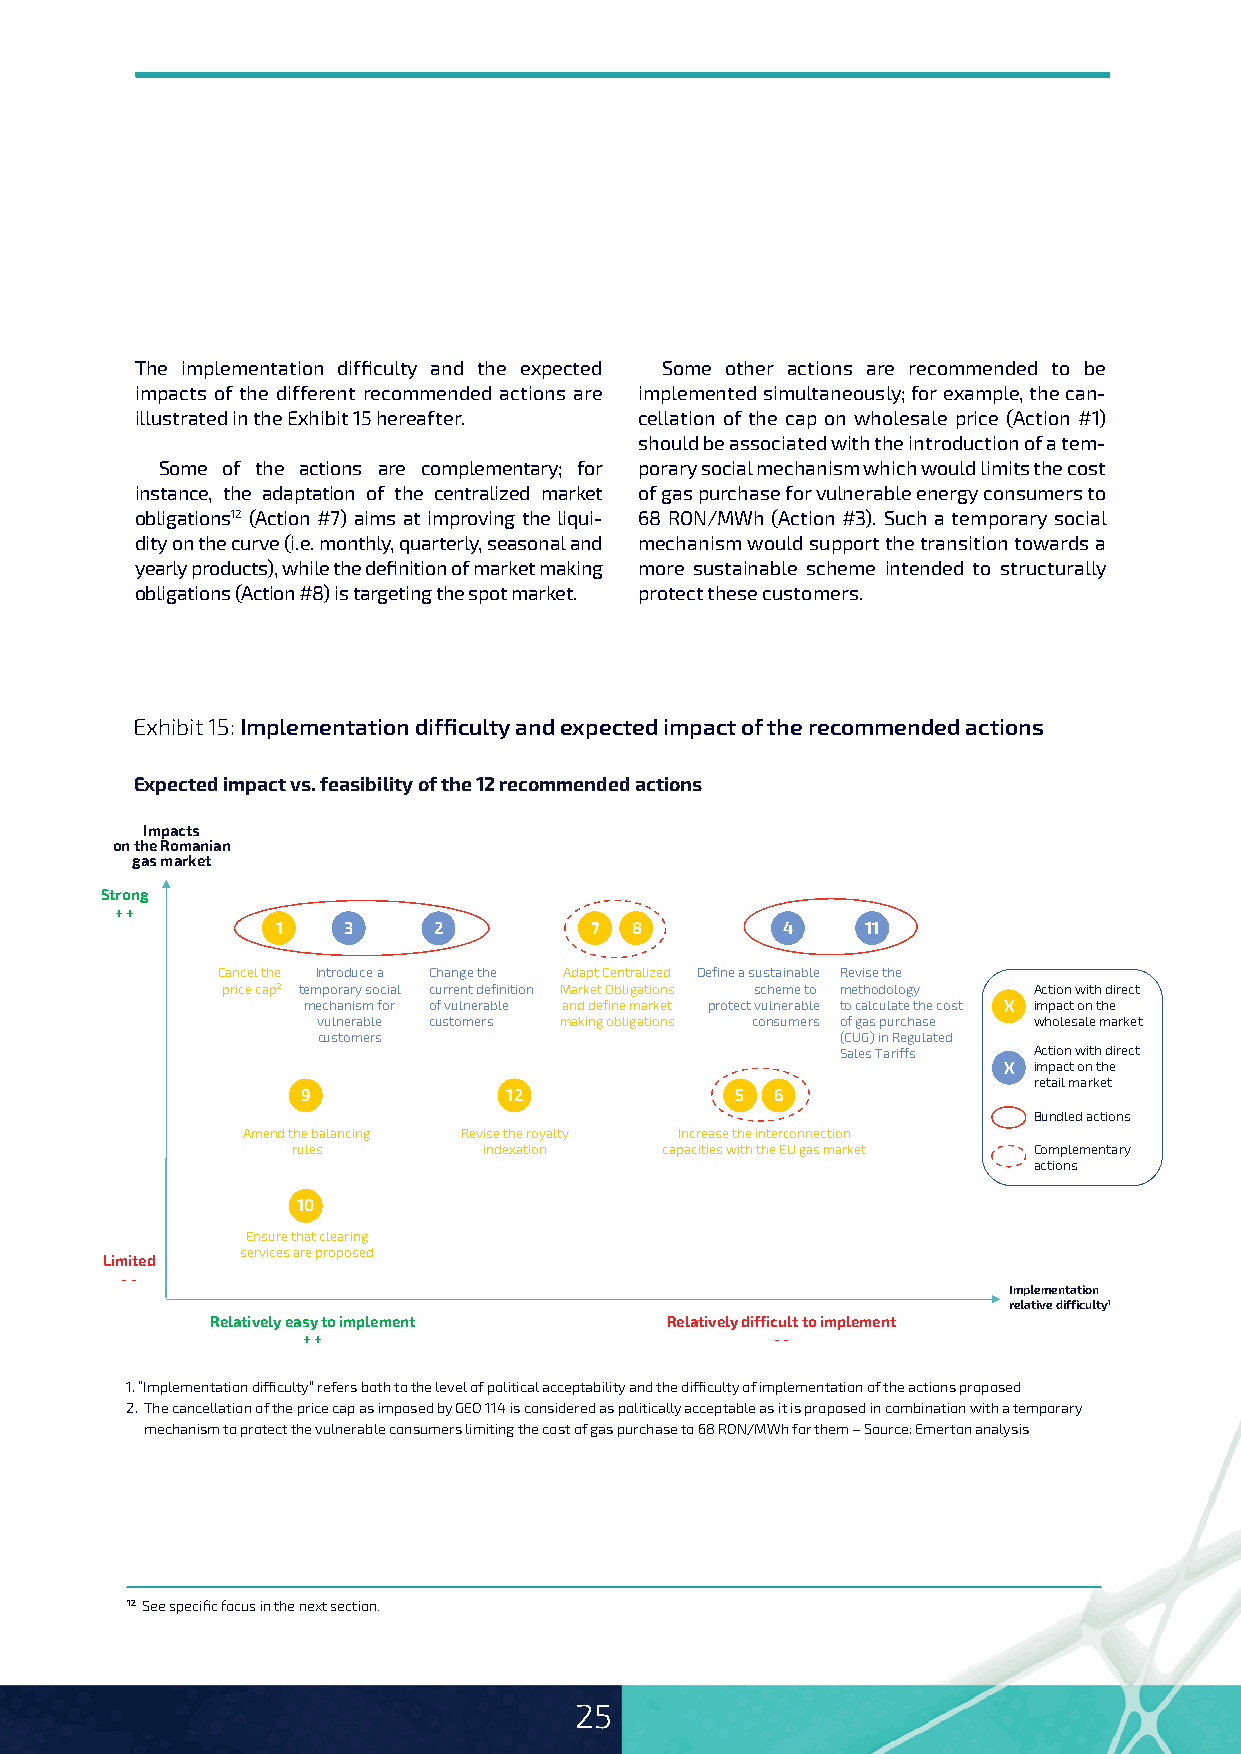
The implementation difficulty and the expected Some other actions are recommended to be
 impacts of the different recommended actions are implemented simultaneously; for example, the can-
 illustrated in the Exhibit 15 hereafter. cellation of the cap on wholesale price (Action #1)
 should be associated with the introduction of a tem-
 Some of the actions are complementary; for porary social mechanism which would limits the cost
 instance, the adaptation of the centralized market of gas purchase for vulnerable energy consumers to
 obligations12 (Action #7) aims at improving the liqui- 68 RON/MWh (Action #3). Such a temporary social
 dity on the curve (i.e. monthly, quarterly, seasonal and mechanism would support the transition towards a
 yearly products), while the definition of market making more sustainable scheme intended to structurally
 obligations (Action #8) is targeting the spot market. protect these customers.
 Exhibit 15: I mplementation difficulty and expected impact of the recommended actions
 Expected impact vs. feasibility of the 12 recommended actions
 Impacts
 on the Romanian
 gas market
 Strong
 + +
 1    3     2         7  8         4    11
 Cancel the Introduce a Change the Adapt Centralized Define a sustainable Revise the
 price cap2 temporary social current definition Market Obligations scheme to methodology Action with direct
 mechanism for of vulnerable and define market protect vulnerable to calculate the cost X impact on the
 vulnerable customers making obligations consumers of gas purchase wholesale market
 customers                          (CUG) in Regulated
 Sales Tariffs Action with direct
 X impact on the
 retail market
 9             12             5 6
 Bundled actions
 Amend the balancing Revise the royalty Increase the interconnection
 rules        indexation  capacities with the EU gas market Complementary
 actions
 10
 Ensure that clearing
 services are proposed
 Limited
 - -
 Implementation
 relative difficulty1
 Relatively easy to implement  Relatively difficult to implement
 + +                            - -
 1. “Implementation difficulty” refers both to the level of political acceptability and the difficulty of implementation of the actions proposed
 2. The cancellation of the price cap as imposed by GEO 114 is considered as politically acceptable as it is proposed in combination with a temporary
 mechanism to protect the vulnerable consumers limiting the cost of gas purchase to 68 RON/MWh for them – Source: Emerton analysis
 12 See specific focus in the next section.
 25